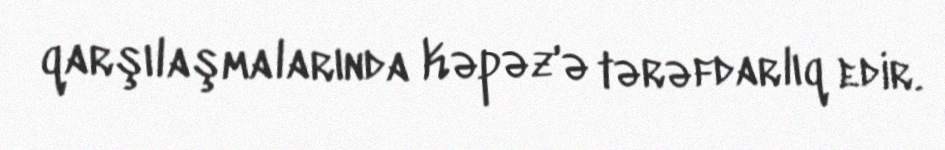
qarşılaşmalarında Kəpəz'ə tərəfdarlıq edir.